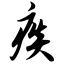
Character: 痰